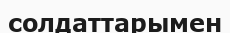
солдаттарымен